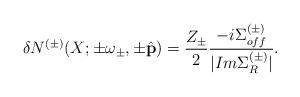
LaTeX: \begin{align*}\delta N^{(\pm)} (X; \pm \omega_\pm, \pm \hat{\bf p}) = \frac{Z_\pm}{2} \frac{- i \Sigma_{off}^{(\pm)}}{|Im \Sigma_R^{(\pm)}|} .\end{align*}